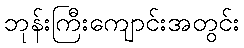
ဘုန်းကြီးကျောင်းအတွင်း